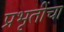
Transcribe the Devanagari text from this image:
प्रभृतींचा